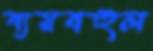
ব্যয়বহুল